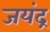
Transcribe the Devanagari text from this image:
जयंद्र